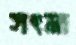
সৎমা